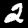
Digit: 2